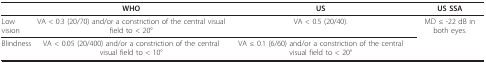
<table><thead><tr><td></td><td><b>WHO</b></td><td><b>US</b></td><td><b>US SSA</b></td></tr></thead><tbody><tr><td>Low vision</td><td>VA &lt; 0.3 (20/70) and/or a constriction of the central visual field to &lt; 20°</td><td>VA &lt; 0.5 (20/40).</td><td>MD ≤ -22 dB in both eyes.</td></tr><tr><td>Blindness</td><td>VA &lt; 0.05 (20/400) and/or a constriction of the central visual field to &lt; 10°</td><td>VA ≤ 0.1 (6/60) and/or a constriction of the central visual field to &lt; 20°</td><td></td></tr></tbody></table>